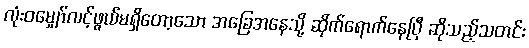
လုံးဝမျှော်လင့်ဖွယ်မရှိတော့သော အခြေအနေသို့ ဆိုက်ရောက်နေပြီ ဆိုသည့်သတင်း